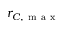
r _ { C , \mathrm { ~ m ~ a ~ x ~ } }